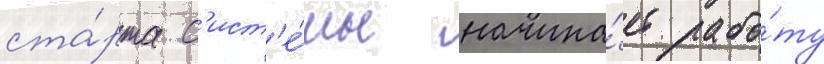
ста́рта с'ист'е́мы начина́ет рабо́ту